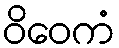
ဝိဝေကံ